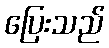
ပြေးသည်